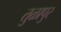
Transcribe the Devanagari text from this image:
तुळापुर